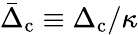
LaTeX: \bar{\Delta}_{\mathrm{c}}\equiv\Delta_{\mathrm{c}}/\kappa